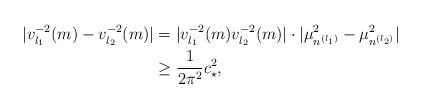
LaTeX: \begin{align*}|v_{l_1}^{-2}(m)-v_{l_2}^{-2}(m)|&=|v_{l_1}^{-2}(m)v_{l_2}^{-2}(m)|\cdot|\mu_{n^{(l_1)}}^2-\mu_{n^{(l_2)}}^2|\\&\geq\frac{1}{2\pi^2}c_\star^2, \end{align*}